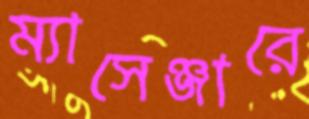
ম্যাসেঞ্জারে